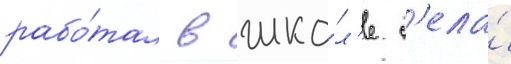
рабо́тал в шко́л'е с'ела́